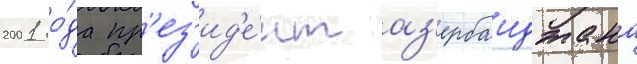
2001 го́да пр'ез'ид'е́нт аз'ербаиджана